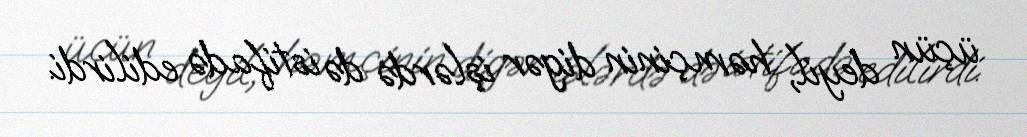
üçün deyil, həmçinin digər işlərdə də istifadə edilirdi.